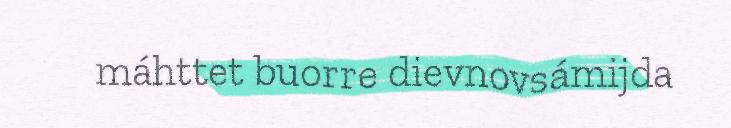
máhttet buorre dievnovsámijda